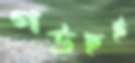
গউছই